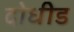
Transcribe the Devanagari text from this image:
दोधीड